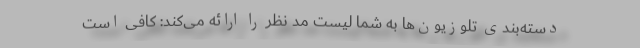
دسته‌بندی تلوزیون‌ها به شما لیست مد نظر را ارائه می‌کند: کافی است